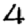
Digit: 4